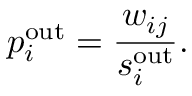
p _ { i } ^ { \mathrm { o u t } } = \frac { w _ { i j } } { s _ { i } ^ { \mathrm { o u t } } } .